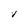
Character: V